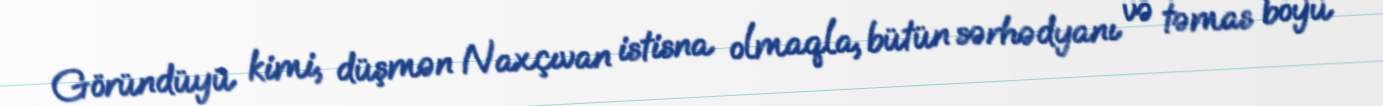
Göründüyü kimi, düşmən Naxçıvan istisna olmaqla, bütün sərhədyanı və təmas boyu